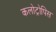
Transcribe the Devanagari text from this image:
कलोट्रोपिस